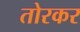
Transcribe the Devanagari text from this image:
तोरकर